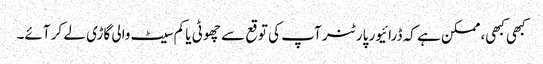
کبھی کبھی، ممکن ہے کہ ڈرائیور پارٹنر آپ کی توقع سے چھوٹی یا کم سیٹ والی گاڑی لے کر آئے۔